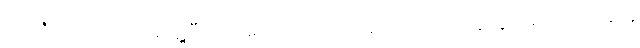
အကြံပေးကြပါရဲ့၊ တွေ့ပြီးပြောသော်လဲ ပတ်ဝန်းကျင်က ကန့်ကွက်ရင် ပျက်မှာမို့